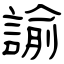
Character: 諭